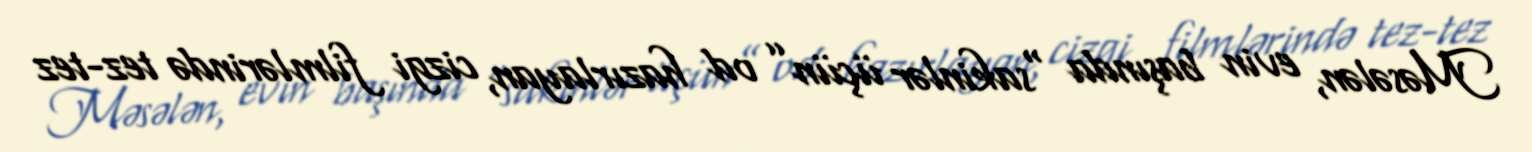
Məsələn, evin başında “sakinlər üçün” od hazırlayan, cizgi filmlərində tez-tez